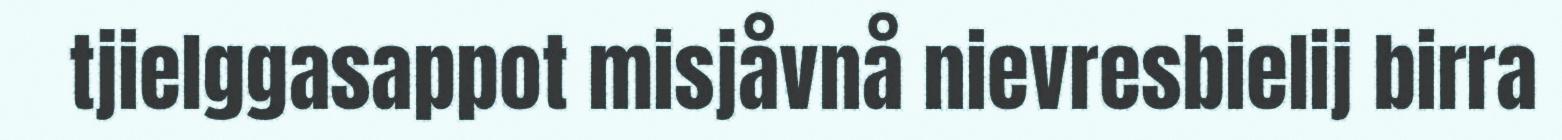
tjielggasappot misjåvnå nievresbielij birra